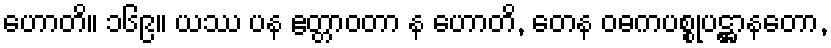
ဟောတိ။ ၁၆၉။ ယဿ ပန ဧတ္တာဝတာ န ဟောတိ, တေန ဝဓကပစ္စုပဋ္ဌာနတော,